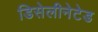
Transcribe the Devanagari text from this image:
डिसेलीनेटेड